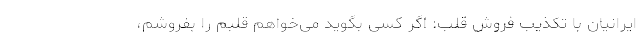
ایرانیان با تکذیب فروش قلب: اگر کسی بگوید می‌خواهم قلبم را بفروشم،